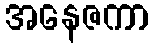
အနေဇကာ